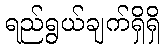
ရည်ရွယ်ချက်ရှိရှိ